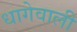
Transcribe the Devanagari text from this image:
धागेवाली